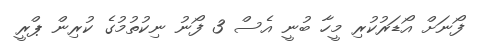
ފޯނަށް އޯޑަރުކުރި މީހާ ބުނީ އެސް 3 ފޯނު ނިކުތުމުގެ ކުރިން ޕްރީ